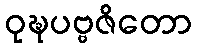
ဝုဍ္ဎပဗ္ဗဇိတော